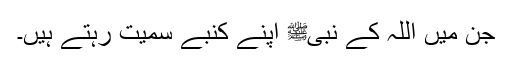
جن میں اللہ کے نبیﷺ اپنے کنبے سمیت رہتے ہیں۔